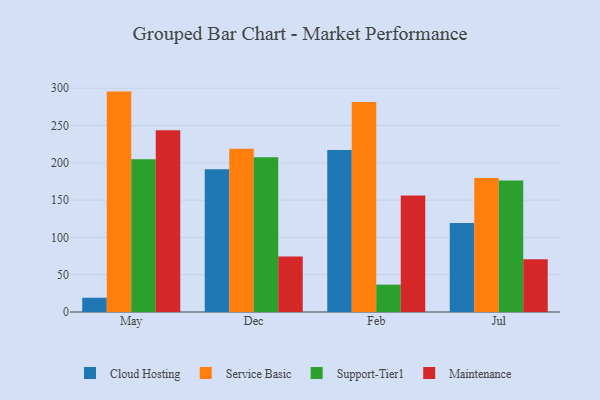
{"axis": {"x": "Month", "y": "Page Views"}, "legend": ["Cloud Hosting", "Maintenance", "Service Basic", "Support-Tier1"], "data": [{"x": "May", "y": 19.1, "type": "Cloud Hosting"}, {"x": "May", "y": 295.5, "type": "Service Basic"}, {"x": "May", "y": 204.7, "type": "Support-Tier1"}, {"x": "May", "y": 243.7, "type": "Maintenance"}, {"x": "Dec", "y": 191.5, "type": "Cloud Hosting"}, {"x": "Dec", "y": 218.9, "type": "Service Basic"}, {"x": "Dec", "y": 207.4, "type": "Support-Tier1"}, {"x": "Dec", "y": 74.4, "type": "Maintenance"}, {"x": "Feb", "y": 217.1, "type": "Cloud Hosting"}, {"x": "Feb", "y": 281.5, "type": "Service Basic"}, {"x": "Feb", "y": 36.7, "type": "Support-Tier1"}, {"x": "Feb", "y": 156.1, "type": "Maintenance"}, {"x": "Jul", "y": 119.3, "type": "Cloud Hosting"}, {"x": "Jul", "y": 179.5, "type": "Service Basic"}, {"x": "Jul", "y": 176.2, "type": "Support-Tier1"}, {"x": "Jul", "y": 70.7, "type": "Maintenance"}]}